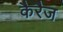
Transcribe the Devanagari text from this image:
कैरैज